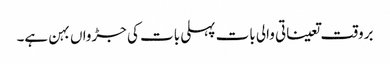
بروقت تعیناتی والی بات پہلی بات کی جڑواں بہن ہے۔